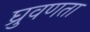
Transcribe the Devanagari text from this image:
घ्रुवणता